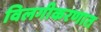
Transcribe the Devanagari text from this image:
विलगीकरणात